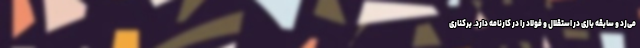
می‌زد و سابقه بازی در استقلال و فولاد را در کارنامه دارد. برکناری